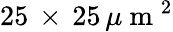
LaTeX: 25\, \times\, 25\, \mu\mathrm{~m~}^{2}